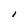
Character: I